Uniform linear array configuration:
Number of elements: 12
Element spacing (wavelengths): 0.5
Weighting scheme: binomial
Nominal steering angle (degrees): -30
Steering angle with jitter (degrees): -28.169
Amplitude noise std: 0.05
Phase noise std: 0.05

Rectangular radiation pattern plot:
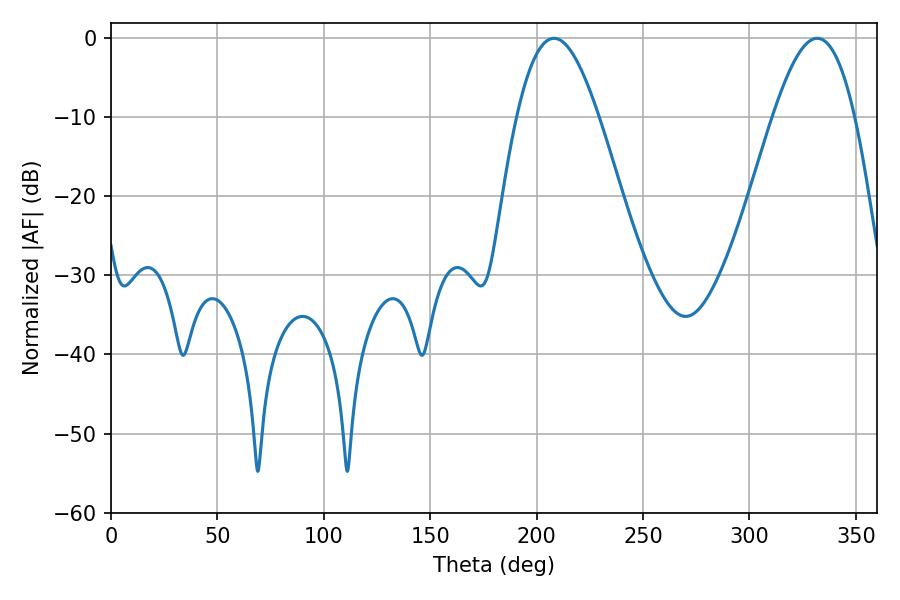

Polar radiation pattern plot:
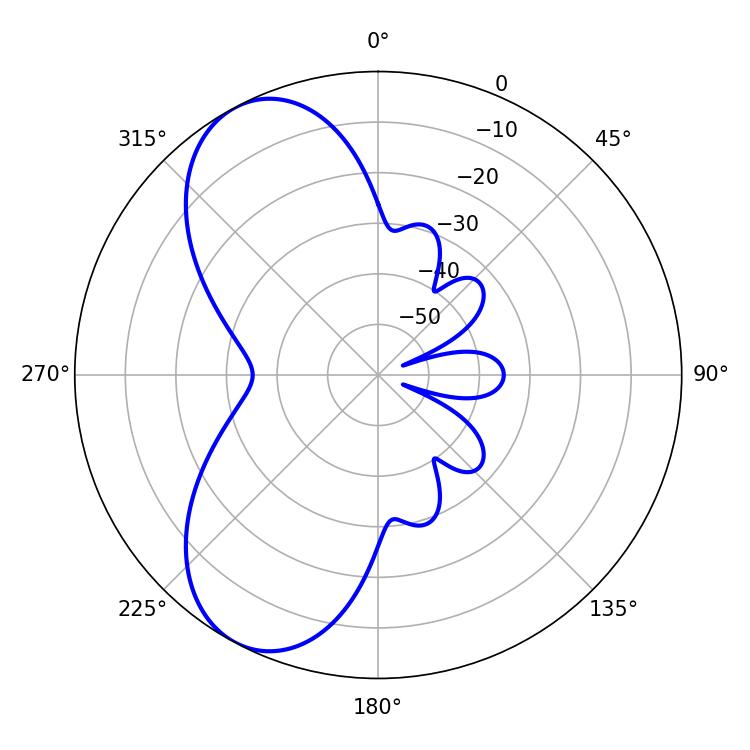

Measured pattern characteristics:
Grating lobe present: FALSE
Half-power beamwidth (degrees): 20.88
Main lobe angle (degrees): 208.08